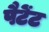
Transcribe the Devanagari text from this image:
पैटेंट